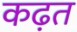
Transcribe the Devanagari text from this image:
कढ़त